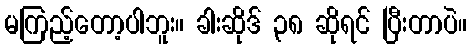
မကြည့်တော့ပါဘူး။ ခါးဆိုဒ် ၃၈ ဆိုရင် ပြီးတာပဲ။